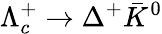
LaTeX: \Lambda_{c}^{+}\to\Delta^{+}\bar{K}^{0}